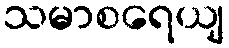
သမာစရေယျ